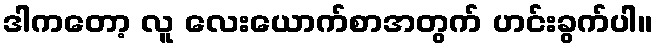
ဒါကတော့ လူ လေးယောက်စာအတွက် ဟင်းခွက်ပါ။